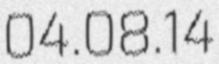
04.08.14